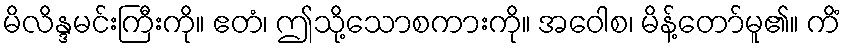
မိလိန္ဒမင်းကြီးကို။ ဧတံ၊ ဤသို့သောစကားကို။ အဝေါစ၊ မိန့်တော်မူ၏။ ကိံ